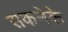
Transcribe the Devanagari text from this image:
सकनेके